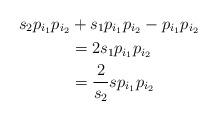
LaTeX: \begin{align*} s_2p_{i_1} p_{i_2}&+s_1p_{i_1} p_{i_2}-p_{i_1} p_{i_2}\\ &=2s_1p_{i_1} p_{i_2}\\ &=\frac 2{s_2} s p_{i_1} p_{i_2} \end{align*}